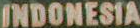
INDONESIA